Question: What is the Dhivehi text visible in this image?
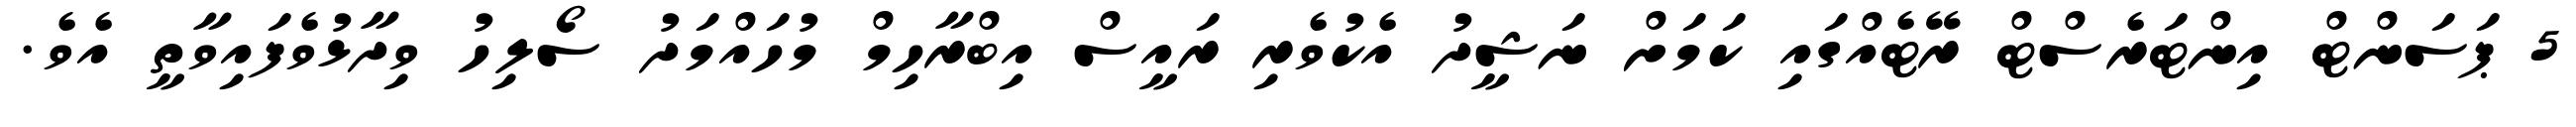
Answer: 5 ޕަސަންޓް އިންޓަރެސްޓް ރޭޓެއްގައި ކަމަށް ނަޝީދު އެކުވެރި ރައީސް އިބްރާހިމް މުހައްމަދު ސޯލިހު ވިދާޅުވެފައިވާތީ އެވެ.